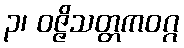
၃၊ ဝဇ္ဇိသတ္တကဝဂ္ဂ